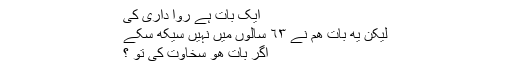
ایک بات ہے روا داری کی
لیکن یه بات هم نے ٦٣ سالوں میں نہیں سیکھ سکے
اگر بات هو سخاوت کی تو ؟